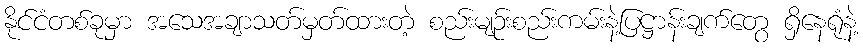
နိုင်ငံတစ်ခုမှာ အသေအချာသတ်မှတ်ထားတဲ့ စည်းမျဉ်းစည်းကမ်းနဲ့ပြဋ္ဌာန်းချက်တွေ ရှိနေရုံနဲ့